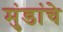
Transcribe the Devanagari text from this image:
मुंडांचे